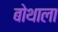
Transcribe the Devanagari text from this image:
बोथाला